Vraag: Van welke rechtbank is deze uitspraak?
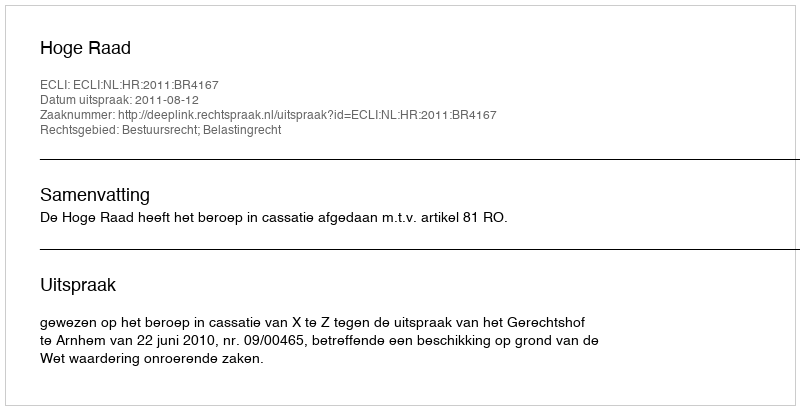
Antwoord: Hoge Raad